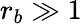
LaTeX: r_{b}\gg 1